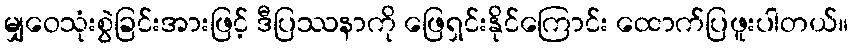
မျှဝေသုံးစွဲခြင်းအားဖြင့် ဒီပြဿနာကို ဖြေရှင်းနိုင်ကြောင်း ထောက်ပြဖူးပါတယ်။